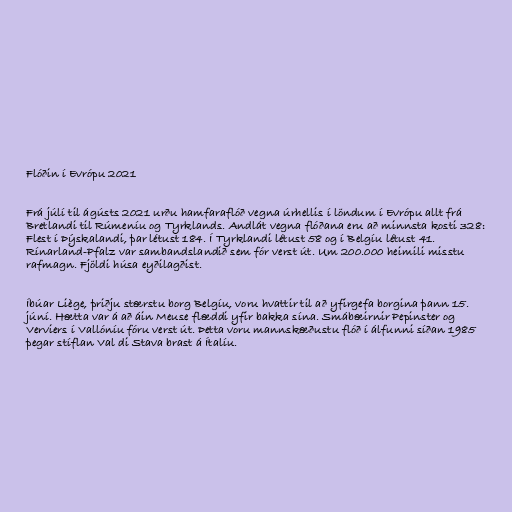
Flóðin í Evrópu 2021

Frá júlí til ágústs 2021 urðu hamfaraflóð vegna úrhellis í löndum í Evrópu allt frá
Bretlandi til Rúmeníu og Tyrklands. Andlát vegna flóðana eru að minnsta kosti 328:
Flest í Þýskalandi, þar létust 184. Í Tyrklandi létust 58 og í Belgíu létust 41.
Rínarland-Pfalz var sambandslandið sem fór verst út. Um 200.000 heimili misstu
rafmagn. Fjöldi húsa eyðilagðist.

Íbúar Liège, þriðju stærstu borg Belgíu, voru hvattir til að yfirgefa borgina þann 15.
júní. Hætta var á að áin Meuse flæddi yfir bakka sína. Smábæirnir Pepinster og
Verviers í Vallóníu fóru verst út. Þetta voru mannskæðustu flóð í álfunni síðan 1985
þegar stíflan Val di Stava brast á Ítalíu.